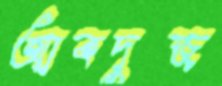
আবদুজ